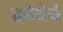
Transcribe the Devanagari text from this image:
क्रोचेचे